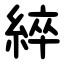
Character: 綷